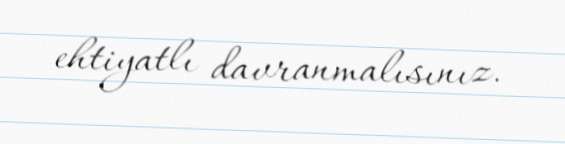
ehtiyatlı davranmalısınız.